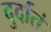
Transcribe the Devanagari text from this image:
दुर्दातं